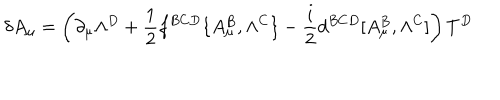
\delta A _ { \mu } = \left( \partial _ { \mu } \Lambda ^ { D } + { \frac { 1 } { 2 } } f ^ { B C D } \{ A _ { \mu } ^ { B } , \Lambda ^ { C } \} - { \frac { i } { 2 } } d ^ { B C D } [ A _ { \mu } ^ { B } , \Lambda ^ { C } ] \right) T ^ { D }